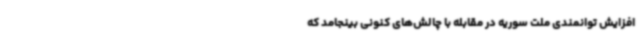
افزایش توانمندی ملت سوریه در مقابله با چالش‌های کنونی بینجامد که